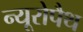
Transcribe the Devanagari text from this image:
न्यूरोपैथ